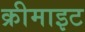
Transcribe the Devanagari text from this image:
क्रीमाइट